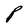
Character: P